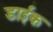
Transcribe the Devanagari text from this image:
डाईक